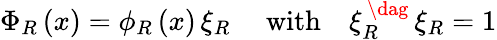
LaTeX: \begin{array}{r}{\Phi_{R}\left(x\right)=\phi_{R}\left(x\right)\, \xi_{R}\quad\mathrm{\ with}\quad\xi_{R}^{\, \dag}\, \xi_{R}=1}\end{array}